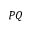
P Q